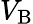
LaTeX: V_{\mathrm{{B}}}